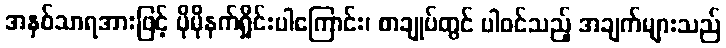
အနှစ်သာရအားဖြင့် ပိုမိုနက်ရှိုင်းပါကြောင်း၊ စာချုပ်တွင် ပါဝင်သည့် အချက်များသည်